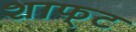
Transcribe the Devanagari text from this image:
शाफ्‌ट